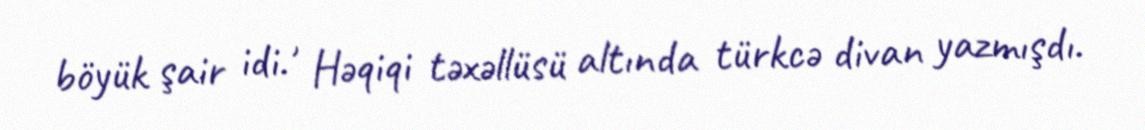
böyük şair idi. , Həqiqi təxəllüsü altında türkcə divan yazmışdı.